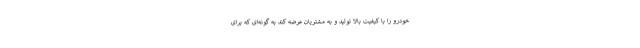
خودرو را با کیفیت بالا تولید و به مشتریان عرضه کند به گونه‌ای که برای